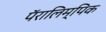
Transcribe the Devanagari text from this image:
पॅरालिम्पिक